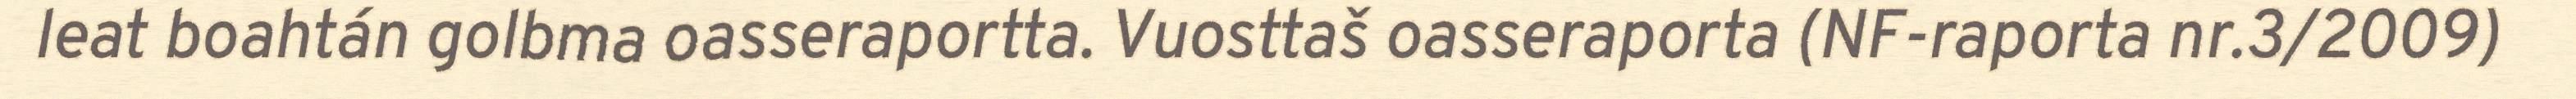
leat boahtán golbma oasseraportta. Vuosttaš oasseraporta (NF-raporta nr.3/2009)